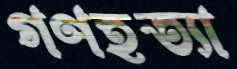
গণহত্যা